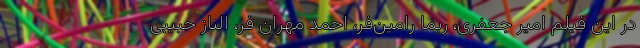
در این فیلم امیر جعفری، ریما رامین‌فر، احمد مهران فر، الناز حبیبی